On a parasite found in persons suffering from enlargement of the spleen in India, second report - Number 11
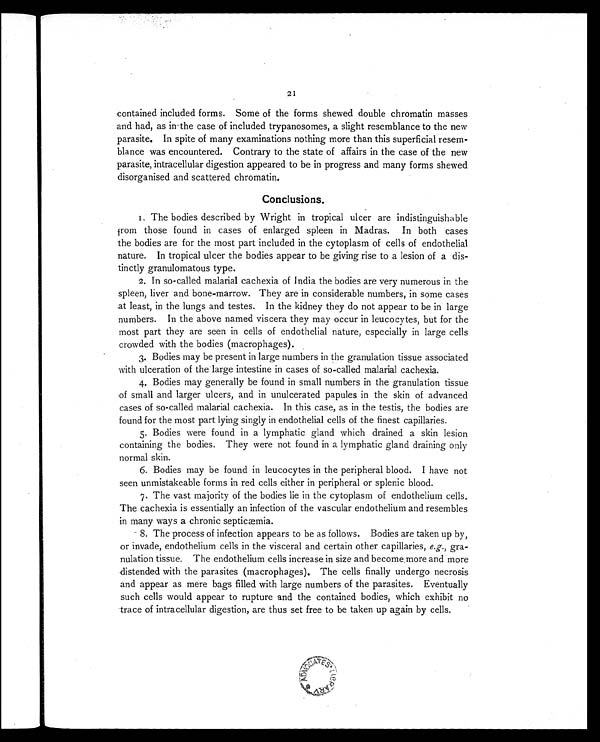
21
contained included forms. Some of the forms shewed double chromatin masses
and had, as in the case of included trypanosomes, a slight resemblance to the new
parasite. In spite of many examinations nothing more than this superficial resem-
blance was encountered. Contrary to the state of affairs in the case of the new
parasite, intracellular digestion appeared to be in progress and many forms shewed
disorganised and scattered chromatin.
Conclusions.
1.The bodies described by Wright in tropical ulcer are indistinguishable
from those found in cases of enlarged spleen in Madras. In both cases
the bodies are for the most part included in the cytoplasm of cells of endothelial
nature. In tropical ulcer the bodies appear to be giving rise to a lesion of a dis-
tinctly granulomatous type.
2.In so-called malarial cachexia of India the bodies are very numerous in the
spleen, liver and bone-marrow. They are in considerable numbers, in some cases
at least, in the lungs and testes. In the kidney they do not appear to be in large
numbers. In the above named viscera they may occur in leucocytes, but for the
most part they are seen in cells of endothelial nature, especially in large cells
crowded with the bodies (macrophages).
3. Bodies may be present in large numbers in the granulation tissue associated
with ulceration of the large intestine in cases of so-called malarial cachexia.
4. Bodies may generally be found in small numbers in the granulation tissue
of small and larger ulcers, and in unulcerated papules in the skin of advanced
cases of so-called malarial cachexia. In this case, as in the testis, the bodies are
found for the most part lying singly in endothelial cells of the finest capillaries.
5.Bodies were found in a lymphatic gland which drained a skin lesion
containing the bodies. They were not found in a lymphatic gland draining only
normal skin.
6. Bodies may be found in leucocytes in the peripheral blood. I have not
seen unmistakeable forms in red cells either in peripheral or splenic blood.
7.The vast majority of the bodies lie in the cytoplasm of endothelium cells.
The cachexia is essentially an infection of the vascular endothelium and resembles
in many ways a chronic septicæmia.
8.The process of infection appears to be as follows. Bodies are taken up by,
or invade, endothelium cells in the visceral and certain other capillaries, e.g., gra-
nulation tissue. The endothelium cells increase in size and become more and more
distended with the parasites (macrophages). The cells finally undergo necrosis
and appear as mere bags filled with large numbers of the parasites. Eventually
such cells would appear to rupture and the contained bodies, which exhibit no
trace of intracellular digestion, are thus set free to be taken up again by cells.